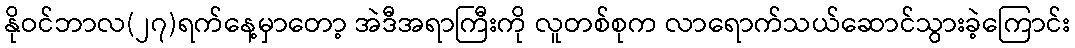
နိုဝင်ဘာလ(၂၇)ရက်နေ့မှာတော့ အဲဒီအရာကြီးကို လူတစ်စုက လာရောက်သယ်ဆောင်သွားခဲ့ကြောင်း